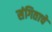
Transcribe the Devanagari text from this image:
संगिताचे